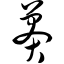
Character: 莽